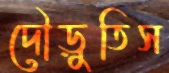
দৌড়ুতিস